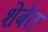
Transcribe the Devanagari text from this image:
शेर्बत